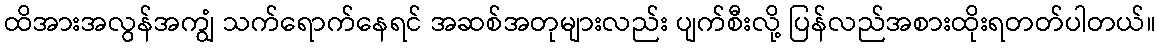
ထိအားအလွန်အကျွံ သက်ရောက်နေရင် အဆစ်အတုများလည်း ပျက်စီးလို့ ပြန်လည်အစားထိုးရတတ်ပါတယ်။